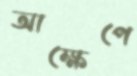
আক্ষেপে